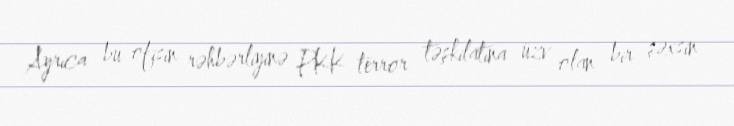
Ayrıca bu ofisin rəhbərliyinə PKK terror təşkilatına üzv olan bir şəxsin